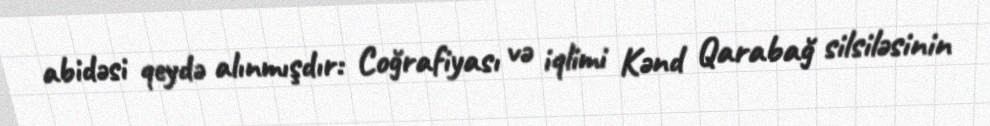
abidəsi qeydə alınmışdır: Coğrafiyası və iqlimi Kənd Qarabağ silsiləsinin